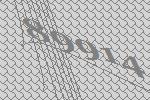
89914